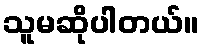
သူမဆိုပါတယ်။